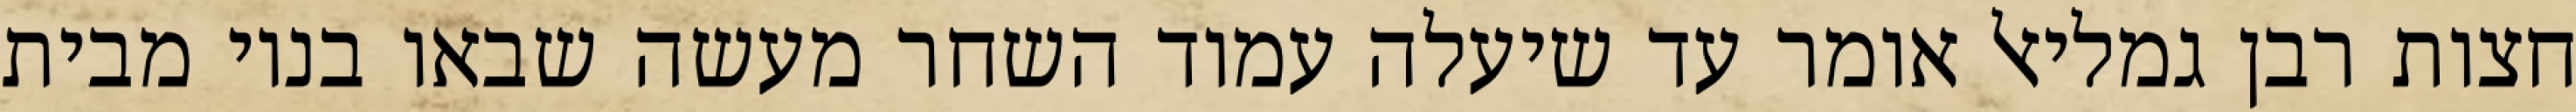
חצות רבן גמליאל אומר עד שיעלה עמוד השחר מעשה שבאו בניו מבית